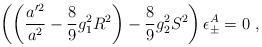
LaTeX: \begin{align*}\left(\left(\frac{a^{\prime 2}}{a^{2}} - \frac{8}{9}g_{1}^{2}R^{2}\right)-\frac{8}{9}g_{2}^{2}S^{2}\right)\epsilon_{\pm}^A=0\ ,\end{align*}